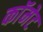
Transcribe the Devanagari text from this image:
काॅमेट